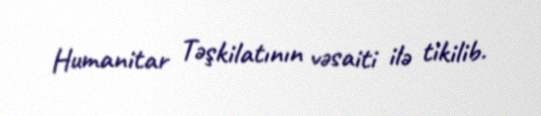
Humanitar Təşkilatının vəsaiti ilə tikilib.